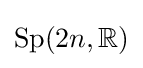
\mathrm {Sp} (2n,\mathbb {R} )